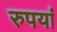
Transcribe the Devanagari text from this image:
रुपयां